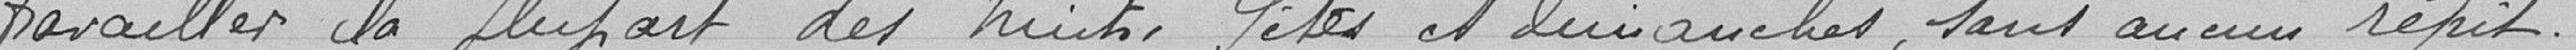
travailler la plupart des nuits, fêtes et dimanches, sans aucun répit.